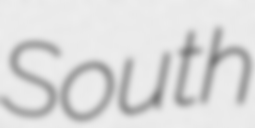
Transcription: South